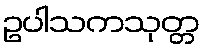
ဥပါသကသုတ္တ